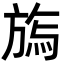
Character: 𣄊